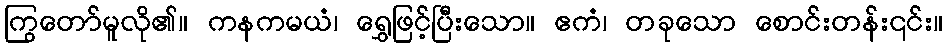
ကြွတော်မူလို၏။ ကနကမယံ၊ ရွှေဖြင့်ပြီးသော။ ဧကံ၊ တခုသော စောင်းတန်း၎င်း။